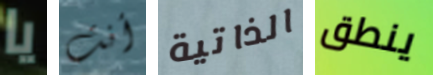
يا أنت الذاتية ينطق